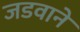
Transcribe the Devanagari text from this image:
जडवाने